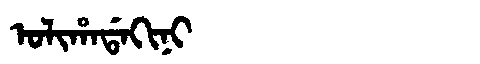
Manchu: ᠣᠯᡳᡥᠠᡩᠠᡴᡳᠨᡳ
Romanization: OLIHADAKINI